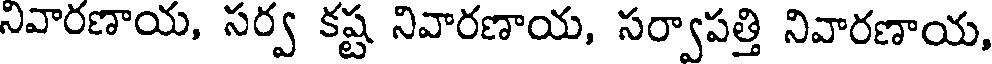
నివారణాయ, సర్వ కష్ట నివారణాయ, సర్వాపత్తి నివారణాయ,